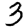
Digit: 3